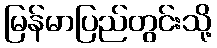
မြန်မာပြည်တွင်းသို့